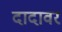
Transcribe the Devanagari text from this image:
दादावर